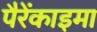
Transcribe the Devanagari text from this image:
पैरेंकाइमा